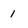
Character: 1